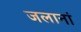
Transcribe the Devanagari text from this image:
जलानां